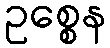
ဥစ္စေန